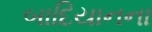
બાદિયાનના